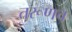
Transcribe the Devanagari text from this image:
तरूणच